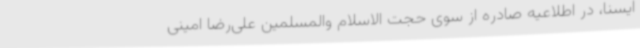
ایسنا، در اطلاعیه صادره از سوی حجت الاسلام والمسلمین علی‌رضا امینی